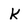
Character: k